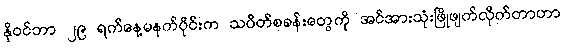
နိုဝင်ဘာ ၂၉ ရက်နေ့မနက်ပိုင်းက သပိတ်စခန်းတွေကို အင်အားသုံးဖြိုဖျက်လိုက်တာဟာ